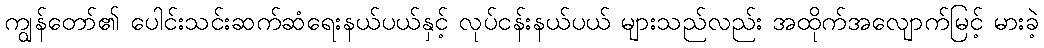
ကျွန်တော်၏ ပေါင်းသင်းဆက်ဆံရေးနယ်ပယ်နှင့် လုပ်ငန်းနယ်ပယ် များသည်လည်း အထိုက်အလျောက်မြင့် မားခဲ့